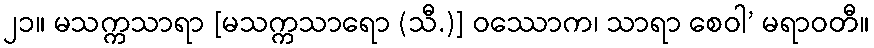
၂၁။ မသက္ကသာရာ [မသက္ကသာရော (သီ.)] ဝဿောက၊ သာရာ စေဝါ’ မရာဝတီ။